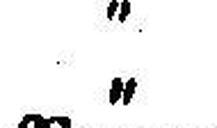
„